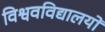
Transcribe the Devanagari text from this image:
विश्ववविद्यालयों